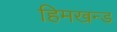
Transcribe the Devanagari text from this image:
हिमखन्ड